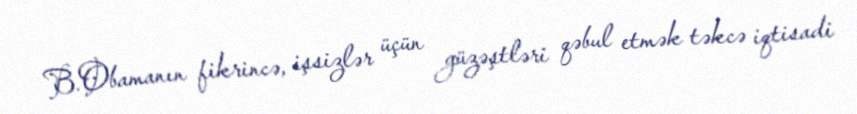
B.Obamanın fikrincə, işsizlər üçün güzəştləri qəbul etmək təkcə iqtisadi